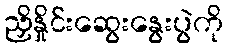
ညှိနှိုင်းဆွေးနွေးပွဲကို